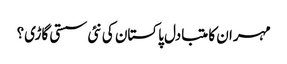
مہران کا متبادل پاکستان کی نئی سستی گاڑی؟